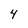
Character: 4